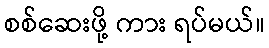
စစ်ဆေးဖို့ ကား ရပ်မယ်။